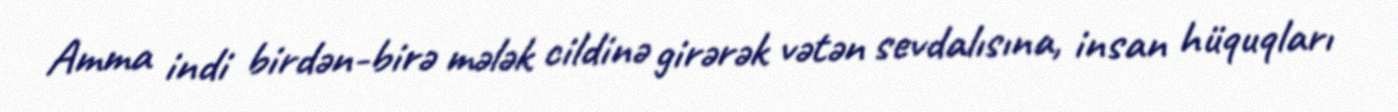
Amma indi birdən-birə mələk cildinə girərək vətən sevdalısına, insan hüquqları